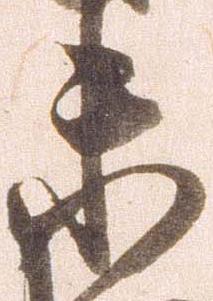
未